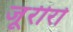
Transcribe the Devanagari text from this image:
जूरीरो